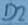
Text: D2